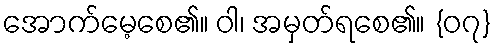
အောက်မေ့စေ၏။ ဝါ၊ အမှတ်ရစေ၏။ {၀၇}